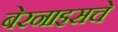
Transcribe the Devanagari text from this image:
बेरनाइसचे